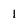
Character: 1